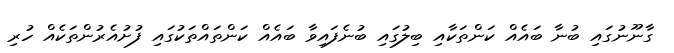
ގާނޫނުގައި ބުނާ ބައެއް ކަންތަކާއި ބިލުގައި ބުނެފައިވާ ބައެއް ކަންތައްތަކުގައި ފުށުއެރުންތަކެއް ހުރި